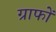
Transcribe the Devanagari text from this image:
ग्राफों